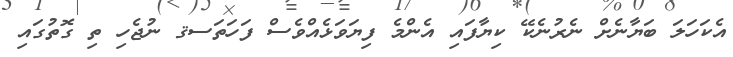
އެކަހަލަ ބަޔާނެށް ނެރުނެކޭ ކިޔާފައި އެންމެ ފިޔަވަޅެއްވެސް ފަހަތަސޤ ނުޖެހި ތި ގޮތުގައި